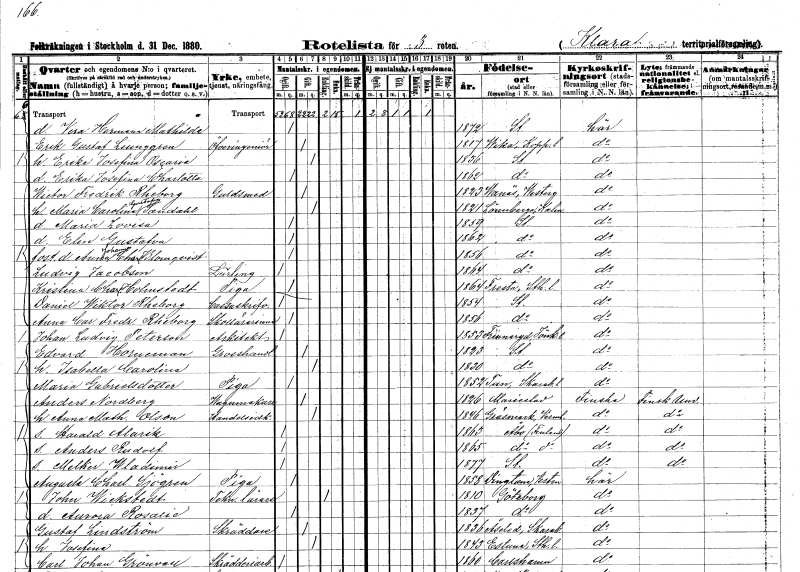
gt_parse: households: individuals: FN: Vera Hermana Mathilda
KON: K
CIV: O
FODAR: 1872
FODFORS: Stockholm
FN: Erik Gustaf
EN: Ljunggren??
YRKE: Överingenjör
KON: M
CIV: G
FODAR: 1817
FODFORS: Vika Kopparbergs län
FN: Erika Josefina Oscaria
KON: K
CIV: G
FODAR: 1836
FODFORS: Stockholm
FN: Erika Josefina Charlotta
KON: K
CIV: O
FODAR: 1862
FODFORS: Stockholm
FN: Wictor Fredrik
EN: Rheborg
YRKE: Guldsmed
KON: M
CIV: G
FODAR: 1823
FODFORS: Vanäs Skaraborgs län
FN: Maria Carolina Gustafva
EN: Sandahl
KON: K
CIV: G
FODAR: 1821
FODFORS: Lönneberga Kalmar län
FN: Maria Lovisa
KON: K
CIV: O
FODAR: 1859
FODFORS: Stockholm
FN: Elin Gustafva
KON: K
CIV: O
FODAR: 1862
FODFORS: Stockholm
FN: Anna Johanna Charlotta
EN: Blomqvist
KON: K
CIV: O
FODAR: 1856
FODFORS: Stockholm
FN: Ludvig
EN: Jacobson
YRKE: Lärling
KON: M
CIV: O
FODAR: 1864
FODFORS: Stockholm
FN: Kristina Charlotta
EN: Holmstedt
YRKE: Piga
KON: K
CIV: O
FODAR: 1864
FODFORS: Fresta Stockholms län
FN: Daniel Wiktor
EN: Rheborg
YRKE: Kassaskrivare
KON: M
CIV: O
FODAR: 1854
FODFORS: Stockholm
FN: Anna Carolina Fredrika
EN: Rheborg
YRKE: Skollärarinna
KON: K
CIV: O
FODAR: 1856
FODFORS: Stockholm
FN: Johan Ludvig
EN: Peterson
YRKE: Arkitekt
KON: M
CIV: O
FODAR: 1853
FODFORS: Frinnaryd Jönköpings län
FN: Edvard
EN: Horneman
YRKE: Grosshandlare
KON: M
CIV: G
FODAR: 1823
FODFORS: Stockholm
FN: Isabella Carolina
KON: K
CIV: G
FODAR: 1830
FODFORS: Stockholm
FN: Maria
EN: Gabrielsdotter
YRKE: Piga
KON: K
CIV: O
FODAR: 1852
FODFORS: Tun Skaraborgs län
FN: Anders
EN: Nordberg
YRKE: Vagnmakare
KON: M
CIV: G
FODAR: 1826
FODFORS: Mariestad Skaraborgs län
FN: Anna Mathilda
EN: Olson
YRKE: Handelsidkare
KON: K
CIV: G
FODAR: 1846
FODFORS: Gräsmark Värmlands län
FN: Harald Alarik
KON: M
CIV: O
FODAR: 1863
FN: Anders Rudolf
KON: M
CIV: O
FODAR: 1865
FN: Melker Wladimir
KON: M
CIV: O
FODAR: 1877
FODFORS: Stockholm
FN: Augusta Charlotta
EN: Sjögren
YRKE: Piga
KON: K
CIV: O
FODAR: 1858
FODFORS: Dingtuna Västmanlands län
FN: John
EN: Wickstedt
YRKE: Teckningslärare
KON: M
CIV: E
FODAR: 1810
FODFORS: Göteborg Göteborgs- och Bohuslän
FN: Aurora Rosalie
KON: K
CIV: O
FODAR: 1837
FODFORS: Göteborg Göteborgs- och Bohuslän
FN: Gustaf
EN: Lindström
YRKE: Skräddare
KON: M
CIV: G
FODAR: 1836
FODFORS: Åseda Kronobergs län
FN: Josefina
KON: K
CIV: G
FODAR: 1843
FODFORS: Estuna Stockholms län
FN: Carl Johan
EN: Grönvall
YRKE: Skrädderiarbetare
KON: M
CIV: O
FODAR: 1860
FODFORS: Karlshamn Blekinge län